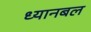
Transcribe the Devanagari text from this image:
ध्यानबल